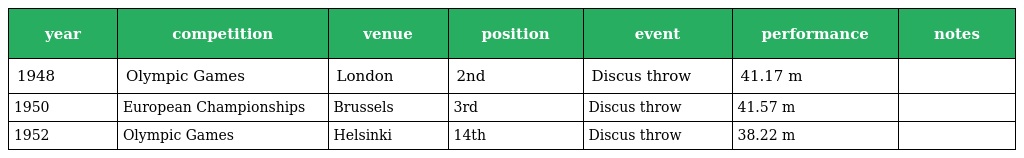
| year | competition | venue | position | event | performance | notes |
 | --- | --- | --- | --- | --- | --- | --- |
 | 1948 | Olympic Games | London | 2nd | Discus throw | 41.17 m |  |
 | 1950 | European Championships | Brussels | 3rd | Discus throw | 41.57 m |  |
 | 1952 | Olympic Games | Helsinki | 14th | Discus throw | 38.22 m |  |